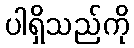
ပါရှိသည်ကို